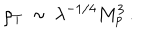
\rho _ { T } \, \sim \, \lambda ^ { - 1 / 4 } M _ { p } ^ { 3 } \, .